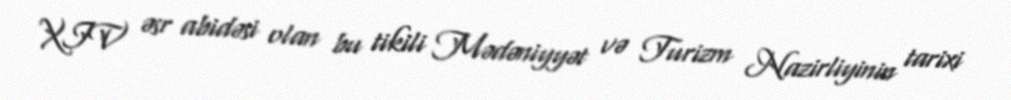
XIV əsr abidəsi olan bu tikili Mədəniyyət və Turizm Nazirliyinin tarixi